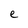
Character: e